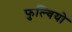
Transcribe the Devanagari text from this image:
फुल्वियो